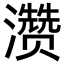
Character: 𪷽